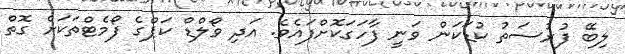
ލިބޭ ފުރުސަތު ކުޑަކަން ވަނީ ފާހަގަކޮށްފައެވެ. އަދި ވޯލްޑް ކަޕްގެ ފޯމެޓްތަކަށް ގޮތް